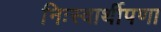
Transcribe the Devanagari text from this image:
निःस्वार्थीपणा